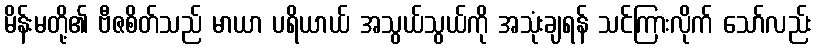
မိန်းမတို့၏ ဗီဇစိတ်သည် မာယာ ပရိယာယ် အသွယ်သွယ်ကို အသုံးချရန် သင်ကြားလိုက် သော်လည်း